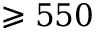
\geqslant 5 5 0